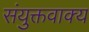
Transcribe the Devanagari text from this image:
संयुक्तवाक्य